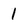
Character: 1